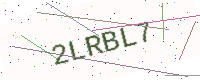
Text: 2LRBL7